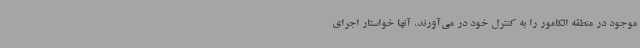
موجود در منطقه الکامور را به کنترل خود در می‌آورند، آنها خواستار اجرای